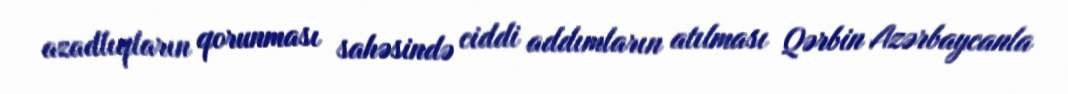
azadlıqların qorunması sahəsində ciddi addımların atılması Qərbin Azərbaycanla